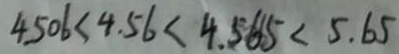
4 . 5 0 6 < 4 . 5 6 < 4 . 5 6 5 < 5 . 6 5